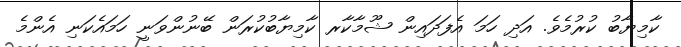
ކާމިޔާބު ކުރުމެވެ. އަދި ހަމަ އެފަދައިން ޝޫމާކާރ ކާމިޔާބުކުރަން ބޭނުންވަނީ ހަމައެކަނި އެންމެ